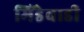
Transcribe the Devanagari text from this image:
मिंडेवाडी